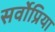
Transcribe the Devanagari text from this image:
सर्वोप्रिया